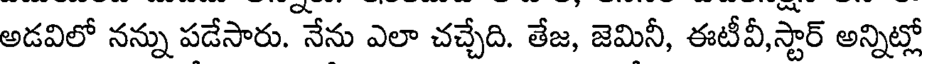
అడవిలో నన్ను పడేసారు. నేను ఎలా చచ్చేది. తేజ, జెమినీ, ఈటీవీ,స్టార్ అన్నిట్లో